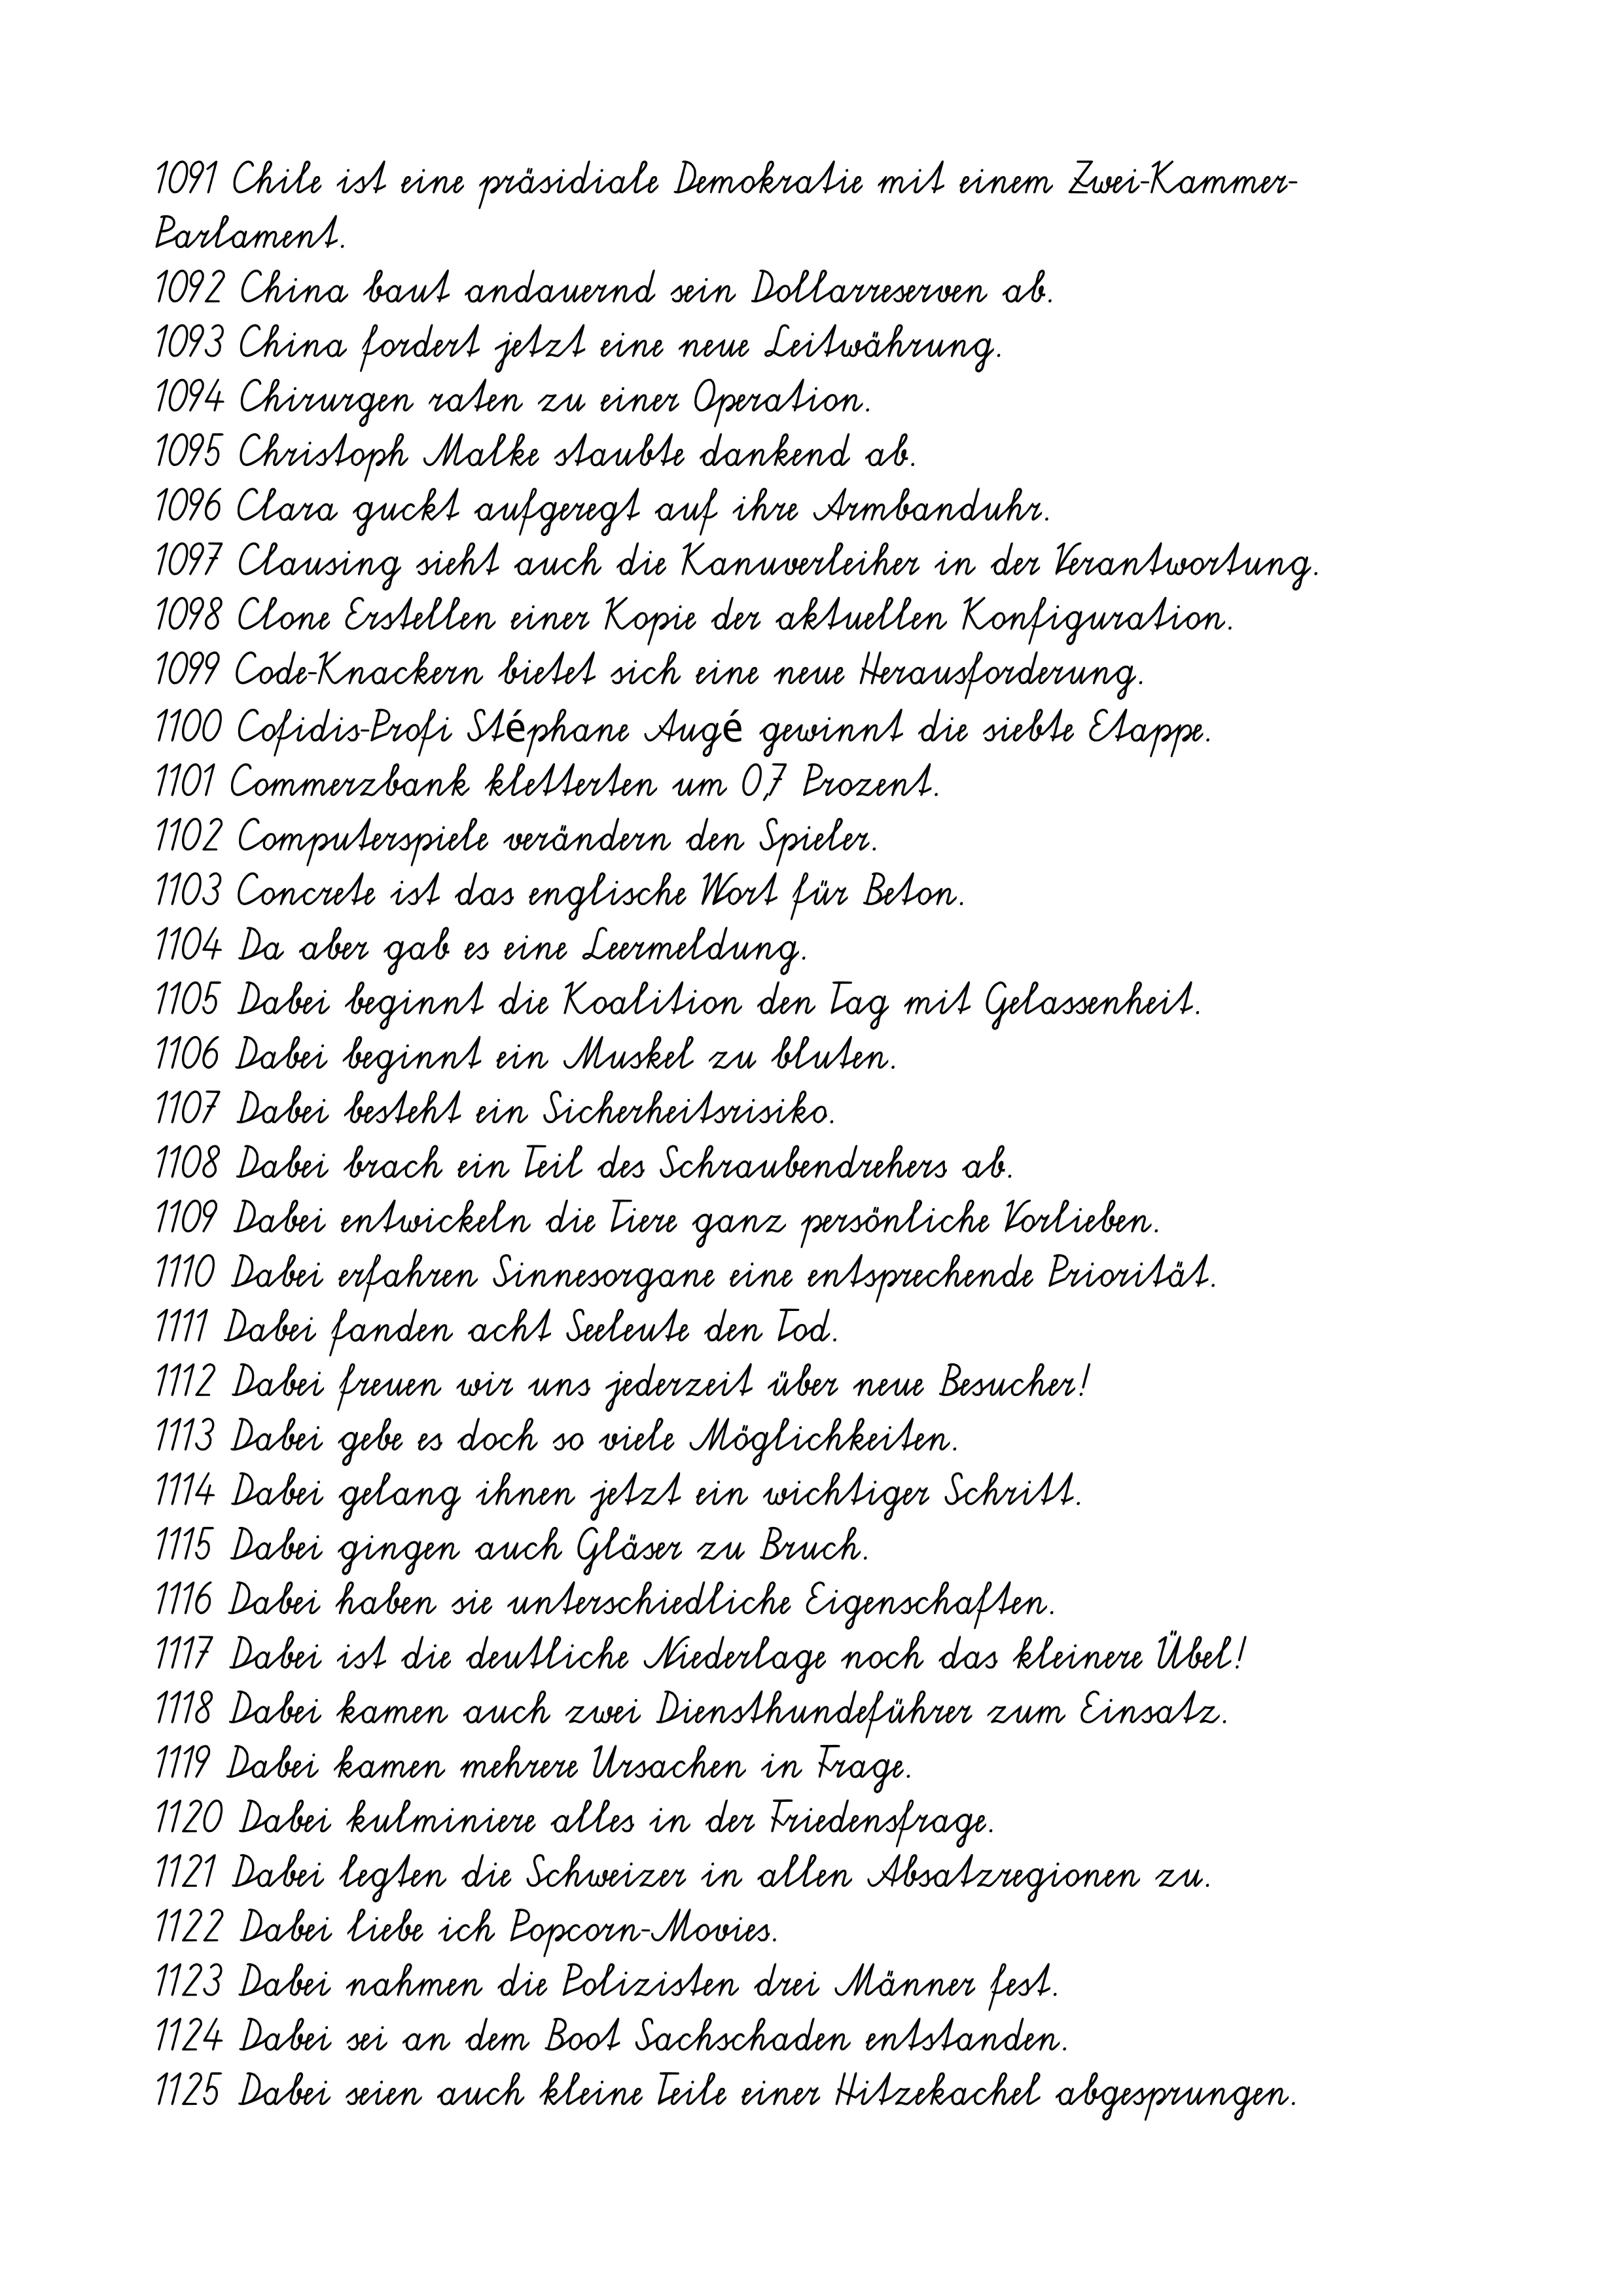
1091 Chile ist eine präsidiale Demokratie mit einem Zwei-Kammer-
Parlament.
1092 China baut andauernd sein Dollarreserven ab.
1093 China fordert jetzt eine neue Leitwährung.
1094 Chirurgen raten zu einer Operation.
1095 Christoph Malke staubte dankend ab.
1096 Clara guckt aufgeregt auf ihre Armbanduhr.
1097 Clausing sieht auch die Kanuverleiher in der Verantwortung.
1098 Clone Erstellen einer Kopie der aktuellen Konfiguration.
1099 Code-Knackern bietet sich eine neue Herausforderung.
1100 Cofidis-Profi Stéphane Augé gewinnt die siebte Etappe.
1101 Commerzbank kletterten um 0,7 Prozent.
1102 Computerspiele verändern den Spieler.
1103 Concrete ist das englische Wort für Beton.
1104 Da aber gab es eine Leermeldung.
1105 Dabei beginnt die Koalition den Tag mit Gelassenheit.
1106 Dabei beginnt ein Muskel zu bluten.
1107 Dabei besteht ein Sicherheitsrisiko.
1108 Dabei brach ein Teil des Schraubendrehers ab.
1109 Dabei entwickeln die Tiere ganz persönliche Vorlieben.
1110 Dabei erfahren Sinnesorgane eine entsprechende Priorität.
1111 Dabei fanden acht Seeleute den Tod.
1112 Dabei freuen wir uns jederzeit über neue Besucher!
1113 Dabei gebe es doch so viele Möglichkeiten.
1114 Dabei gelang ihnen jetzt ein wichtiger Schritt.
1115 Dabei gingen auch Gläser zu Bruch.
1116 Dabei haben sie unterschiedliche Eigenschaften.
1117 Dabei ist die deutliche Niederlage noch das kleinere Übel!
1118 Dabei kamen auch zwei Diensthundeführer zum Einsatz.
1119 Dabei kamen mehrere Ursachen in Frage.
1120 Dabei kulminiere alles in der Friedensfrage.
1121 Dabei legten die Schweizer in allen Absatzregionen zu.
1122 Dabei liebe ich Popcorn-Movies.
1123 Dabei nahmen die Polizisten drei Männer fest.
1124 Dabei sei an dem Boot Sachschaden entstanden.
1125 Dabei seien auch kleine Teile einer Hitzekachel abgesprungen.